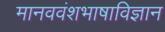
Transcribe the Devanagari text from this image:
मानववंशभाषाविज्ञान